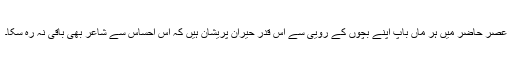
عصر حاضر میں ہر ماں باپ اپنے بچوں کے روییّ سے اس قدر حیران پریشان ہیں کہ اس احساس سے شاعر بھی باقی نہ رہ سکا۔